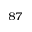
^ { 8 7 }